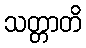
သတ္တာတိ